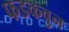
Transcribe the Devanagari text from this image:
फडकवुन